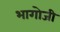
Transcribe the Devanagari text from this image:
भागोजी